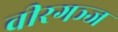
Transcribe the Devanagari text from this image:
वीरगञ्ज